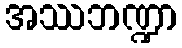
အဿဘဏ္ဍာ